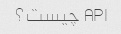
API چیست؟